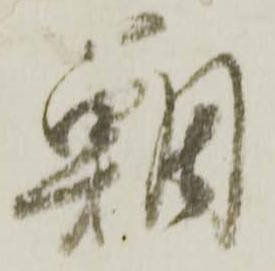
鯛